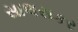
સાલસકર